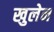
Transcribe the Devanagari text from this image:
खुलेन